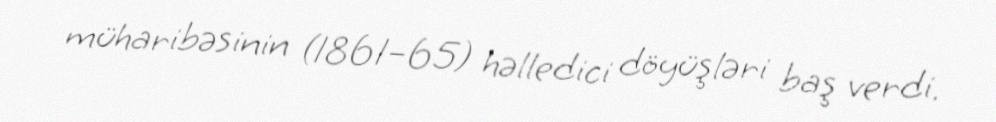
müharibəsinin (1861–65) həlledici döyüşləri baş verdi.